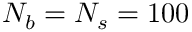
N _ { b } = N _ { s } = 1 0 0